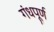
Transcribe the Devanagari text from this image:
गंधपूर्ण